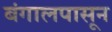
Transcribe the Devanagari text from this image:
बंगालपासून